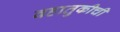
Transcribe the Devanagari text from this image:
वहातुकीची